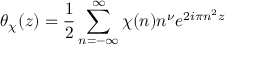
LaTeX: \theta _ { \chi } ( z ) = { \frac { 1 } { 2 } } \sum _ { n = - \infty } ^ { \infty } \chi ( n ) n ^ { \nu } e ^ { 2 i \pi n ^ { 2 } z }